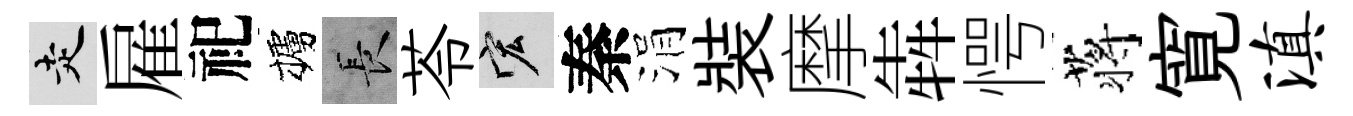
走雇祀櫨长苓宏秦涓裝摩犇愕蒋寛滇